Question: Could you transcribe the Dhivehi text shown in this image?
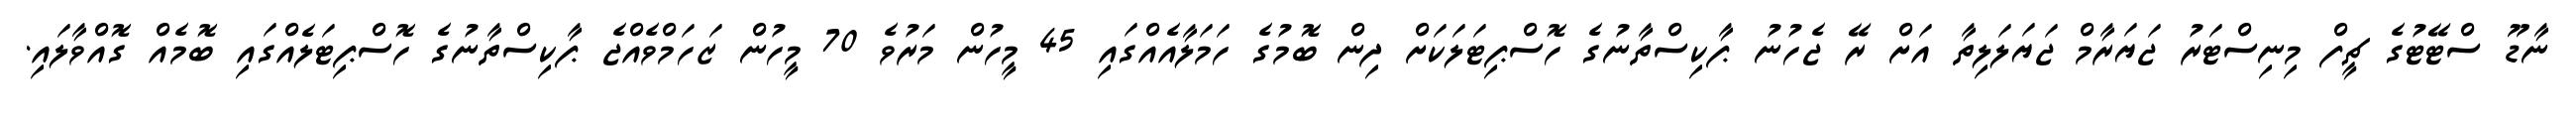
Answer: ނާޑޫ ސްޓޭޓުގެ ޗީފް މިނިސްޓަރު ޖަޔަރާމް ޖަޔަލަލިތާ އަށް ރޭ ޖެހުނު ޕާކިސްތާނުގެ ހޮސްޕިޓަލަކަށް ދިން ބޮމުގެ ހަމަލާއެއްގައި 45 މީހުން މަރުވެ 70 މީހުން ޒަހަމްވެއްޖެ ޕާކިސްތާނުގެ ހޮސްޕިޓަލެއްގައި ބޮމެއް ގޮއްވާލައި.